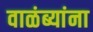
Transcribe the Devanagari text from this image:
वाळंब्यांना